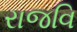
રાજવિ